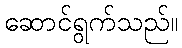
ဆောင်ရွက်သည်။